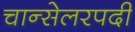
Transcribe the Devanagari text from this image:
चान्सेलरपदी